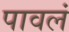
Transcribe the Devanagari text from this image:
पावलं